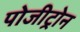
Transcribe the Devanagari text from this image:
पोजीट्रोन